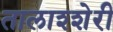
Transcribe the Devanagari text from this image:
तालाश्शेरी